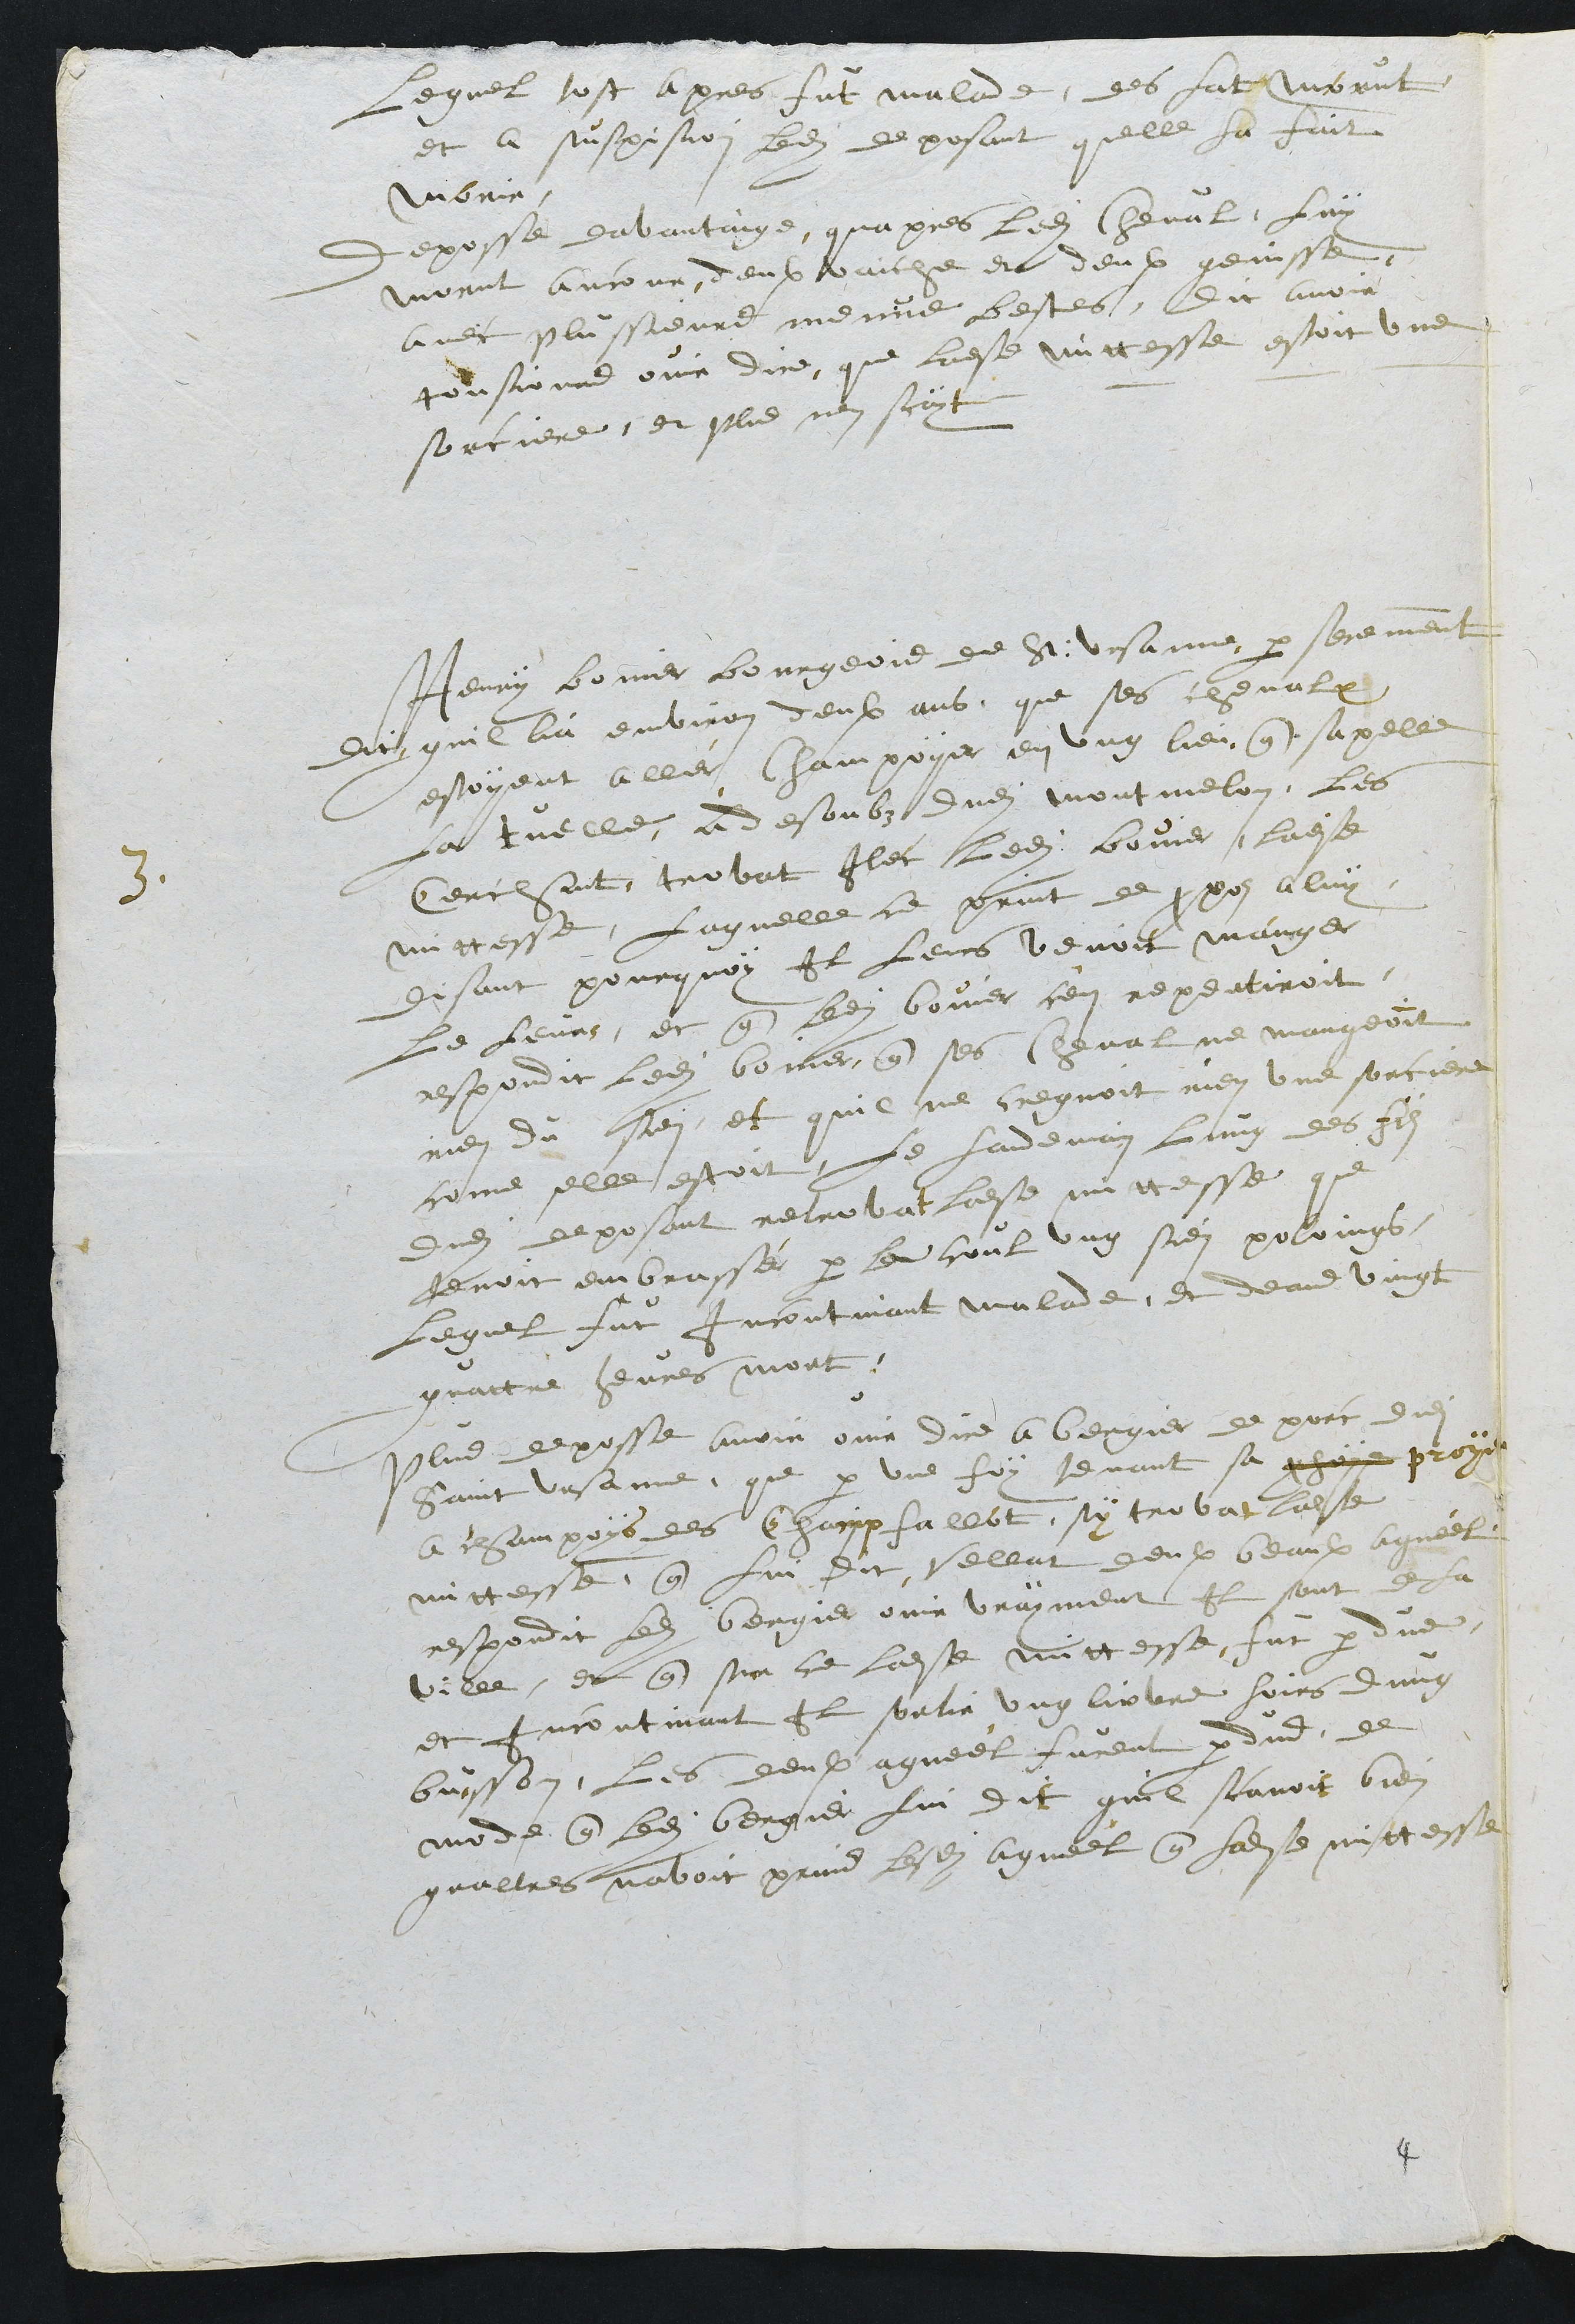
Lequel tost apres fut malade, des lat morut
et a suspision ledit deposant quelle la fait
morir.
Deposse davantaige quapres ledit Cheval luy
morut encour deux vaiche et deux genisse,
avec plussieurs menue bestes, Dit avoir
tousjours ouir dire, que ladite mittesse estoit une
sorciere, et plus nen scayt
3.
Henry bovier bourgeois de St Ursanne, par serement
dit quil lia environ deux ans que ses chevalx
estoyent aller champoyer en ung lieu que sapelle
la tuelle, a desoubz dudit Montmelon, les
cerchant, trovat Ilec ledit bovier, ladite
mittesse, Laquelle ce print de propos a luy
disant pourquoy Il leurs venoit manger
le leurs, et que ledit bovier c'en repentiroit
respondit ledit bovier que ses cheval ne mangeoint
rien du sien et quil ne cregnoit rien une sorciere
come elle estoit, le landemain lung des filz
dudit deposant retrovat ladite mittesse que
tenoit embrasser par le coul ung sien poloings,
lequel fut incontinant malade, et deans vingt
quattre heures mort.
Plus deposse avoir ouir dire a bergier de porc dudit
Saint Ursanne, que par une foy tenant sa prohoye proye
a champoys des Champfallot, sy trovat ladite
mittesse que lui dit Vellat deux beaulx Agneel
respondit ledit bergier ouir vrayment Il sont de la
ville, et que sur ce ladite mittesse, fut perdue,
et incontinant il sortir ung lievre hoirs dung
buisson, les deulx agneel furent perdus, de
mode que ledit bergier lui dit quil scavoit bien
qualtres navoit prins lesdits Agneel que ladite mittesse

4